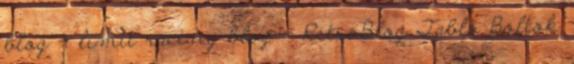
blog - limit racing blog - RetroBlog Tabló Boltok